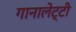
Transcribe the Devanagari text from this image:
गानालेट्टी